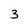
Character: 3